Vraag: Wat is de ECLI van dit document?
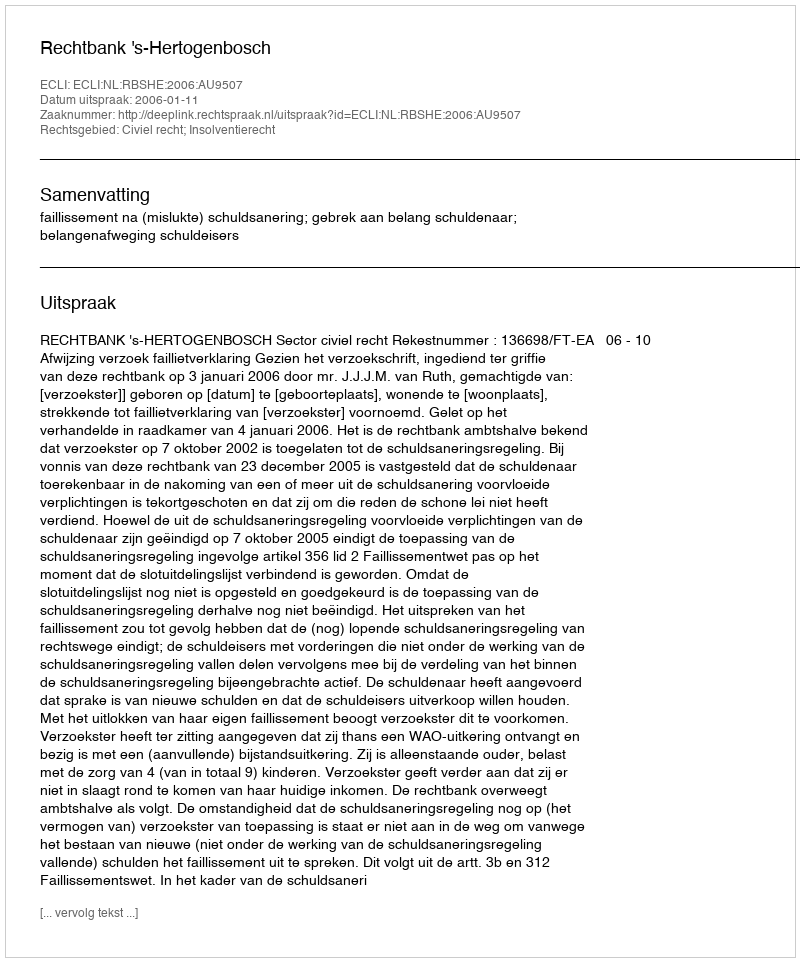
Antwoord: ECLI:NL:RBSHE:2006:AU9507